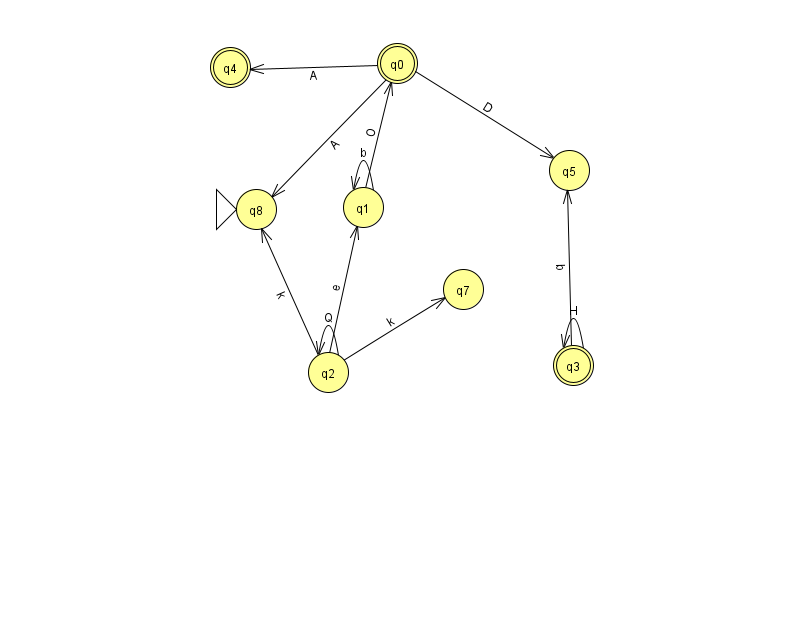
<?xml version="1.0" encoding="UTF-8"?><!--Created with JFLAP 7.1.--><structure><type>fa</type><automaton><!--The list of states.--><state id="0" name="q0"><x>397.0</x><y>50.0</y><final/></state><state id="1" name="q1"><x>363.0</x><y>194.0</y></state><state id="2" name="q2"><x>328.0</x><y>359.0</y></state><state id="3" name="q3"><x>573.0</x><y>352.0</y><final/></state><state id="4" name="q4"><x>230.0</x><y>54.0</y><final/></state><state id="5" name="q5"><x>569.0</x><y>157.0</y></state><state id="7" name="q7"><x>463.0</x><y>276.0</y></state><state id="8" name="q8"><x>256.0</x><y>196.0</y><initial/></state><!--The list of transitions.--><transition><from>2</from><to>2</to><read>Q</read></transition><transition><from>0</from><to>5</to><read>D</read></transition><transition><from>1</from><to>1</to><read>b</read></transition><transition><from>0</from><to>4</to><read>A</read></transition><transition><from>0</from><to>8</to><read>A</read></transition><transition><from>2</from><to>1</to><read>e</read></transition><transition><from>3</from><to>3</to><read>H</read></transition><transition><from>2</from><to>7</to><read>k</read></transition><transition><from>1</from><to>0</to><read>O</read></transition><transition><from>2</from><to>8</to><read>k</read></transition><transition><from>3</from><to>5</to><read>b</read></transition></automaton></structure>